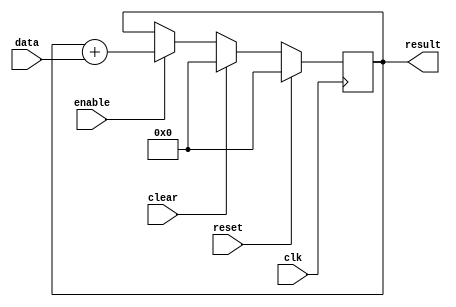
module accumulator (
    input wire clk,
    input wire reset,
    input wire clear,
    input wire enable,
    input wire [31:0] data,
    output reg [31:0] result
);

reg [31:0] accumulator;

always @(posedge clk) begin
    if (reset) begin
        accumulator <= 32'h00000000;
    end else begin
        if (clear) begin
            accumulator <= 32'h00000000;
        end else begin
            if (enable) begin
                accumulator <= accumulator + data;
            end
        end
    end
end

assign result = accumulator;

endmodule